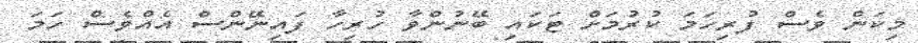
މިކަން ވެސް ފުރިހަމަ ކުރުމަށް ޓަކައި ބޭނުންވާ ހުރިހާ ފައިނޭންސް އެއްވެސް ހަމަ